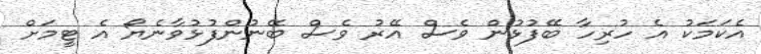
އެކަމަކު އެ ހުރިހާ ބޭފުޅުން ވެސް އޭރު ވެސް ބޭނުންފުޅުވާނެޔޯ އެ ޓީމަށް